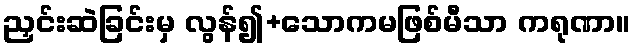
ညှင်းဆဲခြင်းမှ လွန်၍+သောကမဖြစ်မီသာ ကရုဏာ။